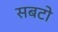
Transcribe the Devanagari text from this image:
सबटो